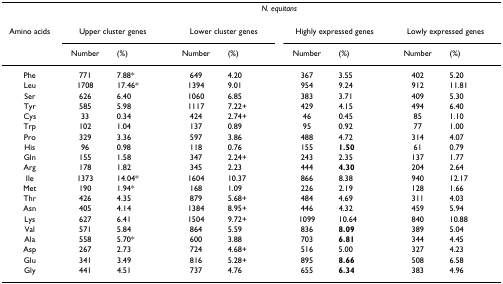
<table><thead><tr><td></td><td colspan="8"><b><i>N. equitans</i></b></td></tr><tr><td><b>Amino acids</b></td><td colspan="2"><b>Upper cluster genes</b></td><td colspan="2"><b>Lower cluster genes</b></td><td colspan="2"><b>Highly expressed genes</b></td><td colspan="2"><b>Lowly expressed genes</b></td></tr><tr><td></td><td><b>Number</b></td><td><b>(%)</b></td><td><b>Number</b></td><td><b>(%)</b></td><td><b>Number</b></td><td><b>(%)</b></td><td><b>Number</b></td><td><b>(%)</b></td></tr></thead><tbody><tr><td>Phe</td><td>771</td><td>7.88*</td><td>649</td><td>4.20</td><td>367</td><td>3.55</td><td>402</td><td>5.20</td></tr><tr><td>Leu</td><td>1708</td><td>17.46*</td><td>1394</td><td>9.01</td><td>954</td><td>9.24</td><td>912</td><td>11.81</td></tr><tr><td>Ser</td><td>626</td><td>6.40</td><td>1060</td><td>6.85</td><td>383</td><td>3.71</td><td>409</td><td>5.30</td></tr><tr><td>Tyr</td><td>585</td><td>5.98</td><td>1117</td><td>7.22+</td><td>429</td><td>4.15</td><td>494</td><td>6.40</td></tr><tr><td>Cys</td><td>33</td><td>0.34</td><td>424</td><td>2.74+</td><td>46</td><td>0.45</td><td>85</td><td>1.10</td></tr><tr><td>Trp</td><td>102</td><td>1.04</td><td>137</td><td>0.89</td><td>95</td><td>0.92</td><td>77</td><td>1.00</td></tr><tr><td>Pro</td><td>329</td><td>3.36</td><td>597</td><td>3.86</td><td>488</td><td>4.72</td><td>314</td><td>4.07</td></tr><tr><td>His</td><td>96</td><td>0.98</td><td>118</td><td>0.76</td><td>155</td><td><b>1.50</b></td><td>61</td><td>0.79</td></tr><tr><td>Gln</td><td>155</td><td>1.58</td><td>347</td><td>2.24+</td><td>243</td><td>2.35</td><td>137</td><td>1.77</td></tr><tr><td>Arg</td><td>178</td><td>1.82</td><td>345</td><td>2.23</td><td>444</td><td><b>4.30</b></td><td>204</td><td>2.64</td></tr><tr><td>Ile</td><td>1373</td><td>14.04*</td><td>1604</td><td>10.37</td><td>866</td><td>8.38</td><td>940</td><td>12.17</td></tr><tr><td>Met</td><td>190</td><td>1.94*</td><td>168</td><td>1.09</td><td>226</td><td>2.19</td><td>128</td><td>1.66</td></tr><tr><td>Thr</td><td>426</td><td>4.35</td><td>879</td><td>5.68+</td><td>484</td><td>4.69</td><td>311</td><td>4.03</td></tr><tr><td>Asn</td><td>405</td><td>4.14</td><td>1384</td><td>8.95+</td><td>446</td><td>4.32</td><td>459</td><td>5.94</td></tr><tr><td>Lys</td><td>627</td><td>6.41</td><td>1504</td><td>9.72+</td><td>1099</td><td>10.64</td><td>840</td><td>10.88</td></tr><tr><td>Val</td><td>571</td><td>5.84</td><td>864</td><td>5.59</td><td>836</td><td><b>8.09</b></td><td>389</td><td>5.04</td></tr><tr><td>Ala</td><td>558</td><td>5.70*</td><td>600</td><td>3.88</td><td>703</td><td><b>6.81</b></td><td>344</td><td>4.45</td></tr><tr><td>Asp</td><td>267</td><td>2.73</td><td>724</td><td>4.68+</td><td>516</td><td>5.00</td><td>327</td><td>4.23</td></tr><tr><td>Glu</td><td>341</td><td>3.49</td><td>816</td><td>5.28+</td><td>895</td><td><b>8.66</b></td><td>508</td><td>6.58</td></tr><tr><td>Gly</td><td>441</td><td>4.51</td><td>737</td><td>4.76</td><td>655</td><td><b>6.34</b></td><td>383</td><td>4.96</td></tr></tbody></table>